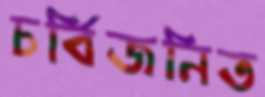
চর্বিজনিত